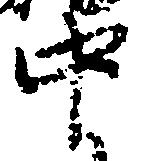
中